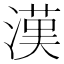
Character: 漢